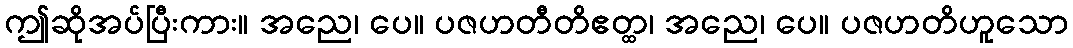
ဤဆိုအပ်ပြီးကား။ အညေ၊ ပေ။ ပဇဟတီတိဧတ္ထ၊ အညေ၊ ပေ။ ပဇဟတိဟူသော